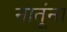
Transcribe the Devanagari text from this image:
नातूंना